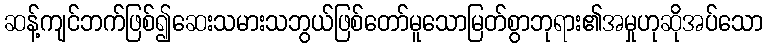
ဆန့်ကျင်ဘက်ဖြစ်၍ဆေးသမားသဘွယ်ဖြစ်တော်မူသောမြတ်စွာဘုရား၏အမှုဟုဆိုအပ်သော